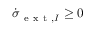
\dot { \sigma } _ { \mathrm { ~ e ~ x ~ t ~ } , I } \ge 0